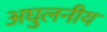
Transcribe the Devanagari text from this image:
अघुलनीय